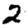
Digit: 2